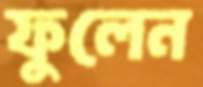
ফুলেন